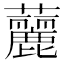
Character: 䕻